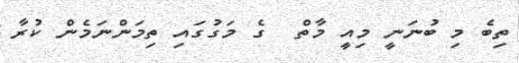
ތިބެ މި ބުނަނީ މިއީ މާތް  ގެ މަގުގައި ތިމަންނަމެން ކުރާ